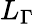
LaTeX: L_{\Gamma}